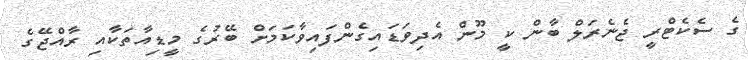
ގެ ސެކެޓްރީ ޖެނެރަލް ބާން ކީ މޫން އެދިވަޑައިގެންފައިވާކަމަށް ބޭރުގެ މީޑިއާތަކާއި ރާއްޖޭގެ